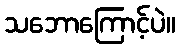
သဘောကြောင့်ပဲ။